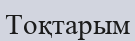
Тоқтарым